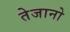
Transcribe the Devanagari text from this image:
तेजानो